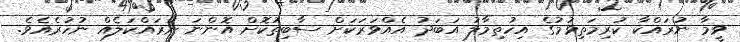
ވީމާ ނުރައްކާ ކުރިމަތިވުމުގެ އިހުތިމާލު އަބަދު އެއްވަރަކަށް ސާބިތުކޮށް އޮންނަ ނުރައްކަލެއް ނުހުރެއެވެ.